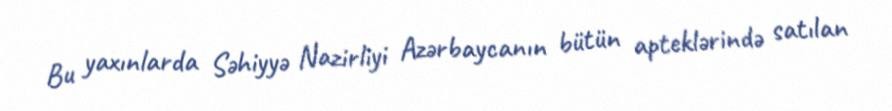
Bu yaxınlarda Səhiyyə Nazirliyi Azərbaycanın bütün apteklərində satılan